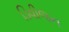
ડિવીજન